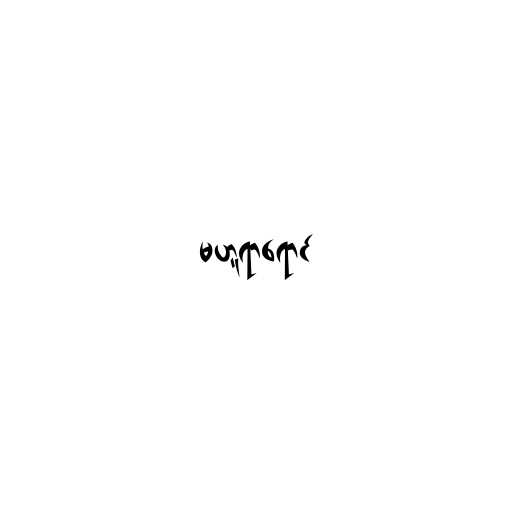
မဟူရာရောင်